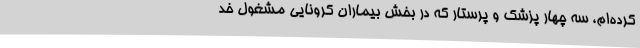
کرده‌ام، سه چهار پزشک و پرستار که در بخش بیماران کرونایی مشغول خد